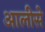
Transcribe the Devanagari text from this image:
आलीसे